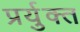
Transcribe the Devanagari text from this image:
प्रर्युक्त